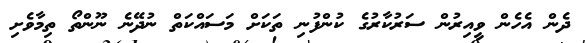
ދެން އެހެން ވީއިރުން ސަރުކާރުގެ ކުންފުނި ތަކަށް މަސައްކަތް ނުދޭނެ ނޫންތޯ ތިމާވެށި